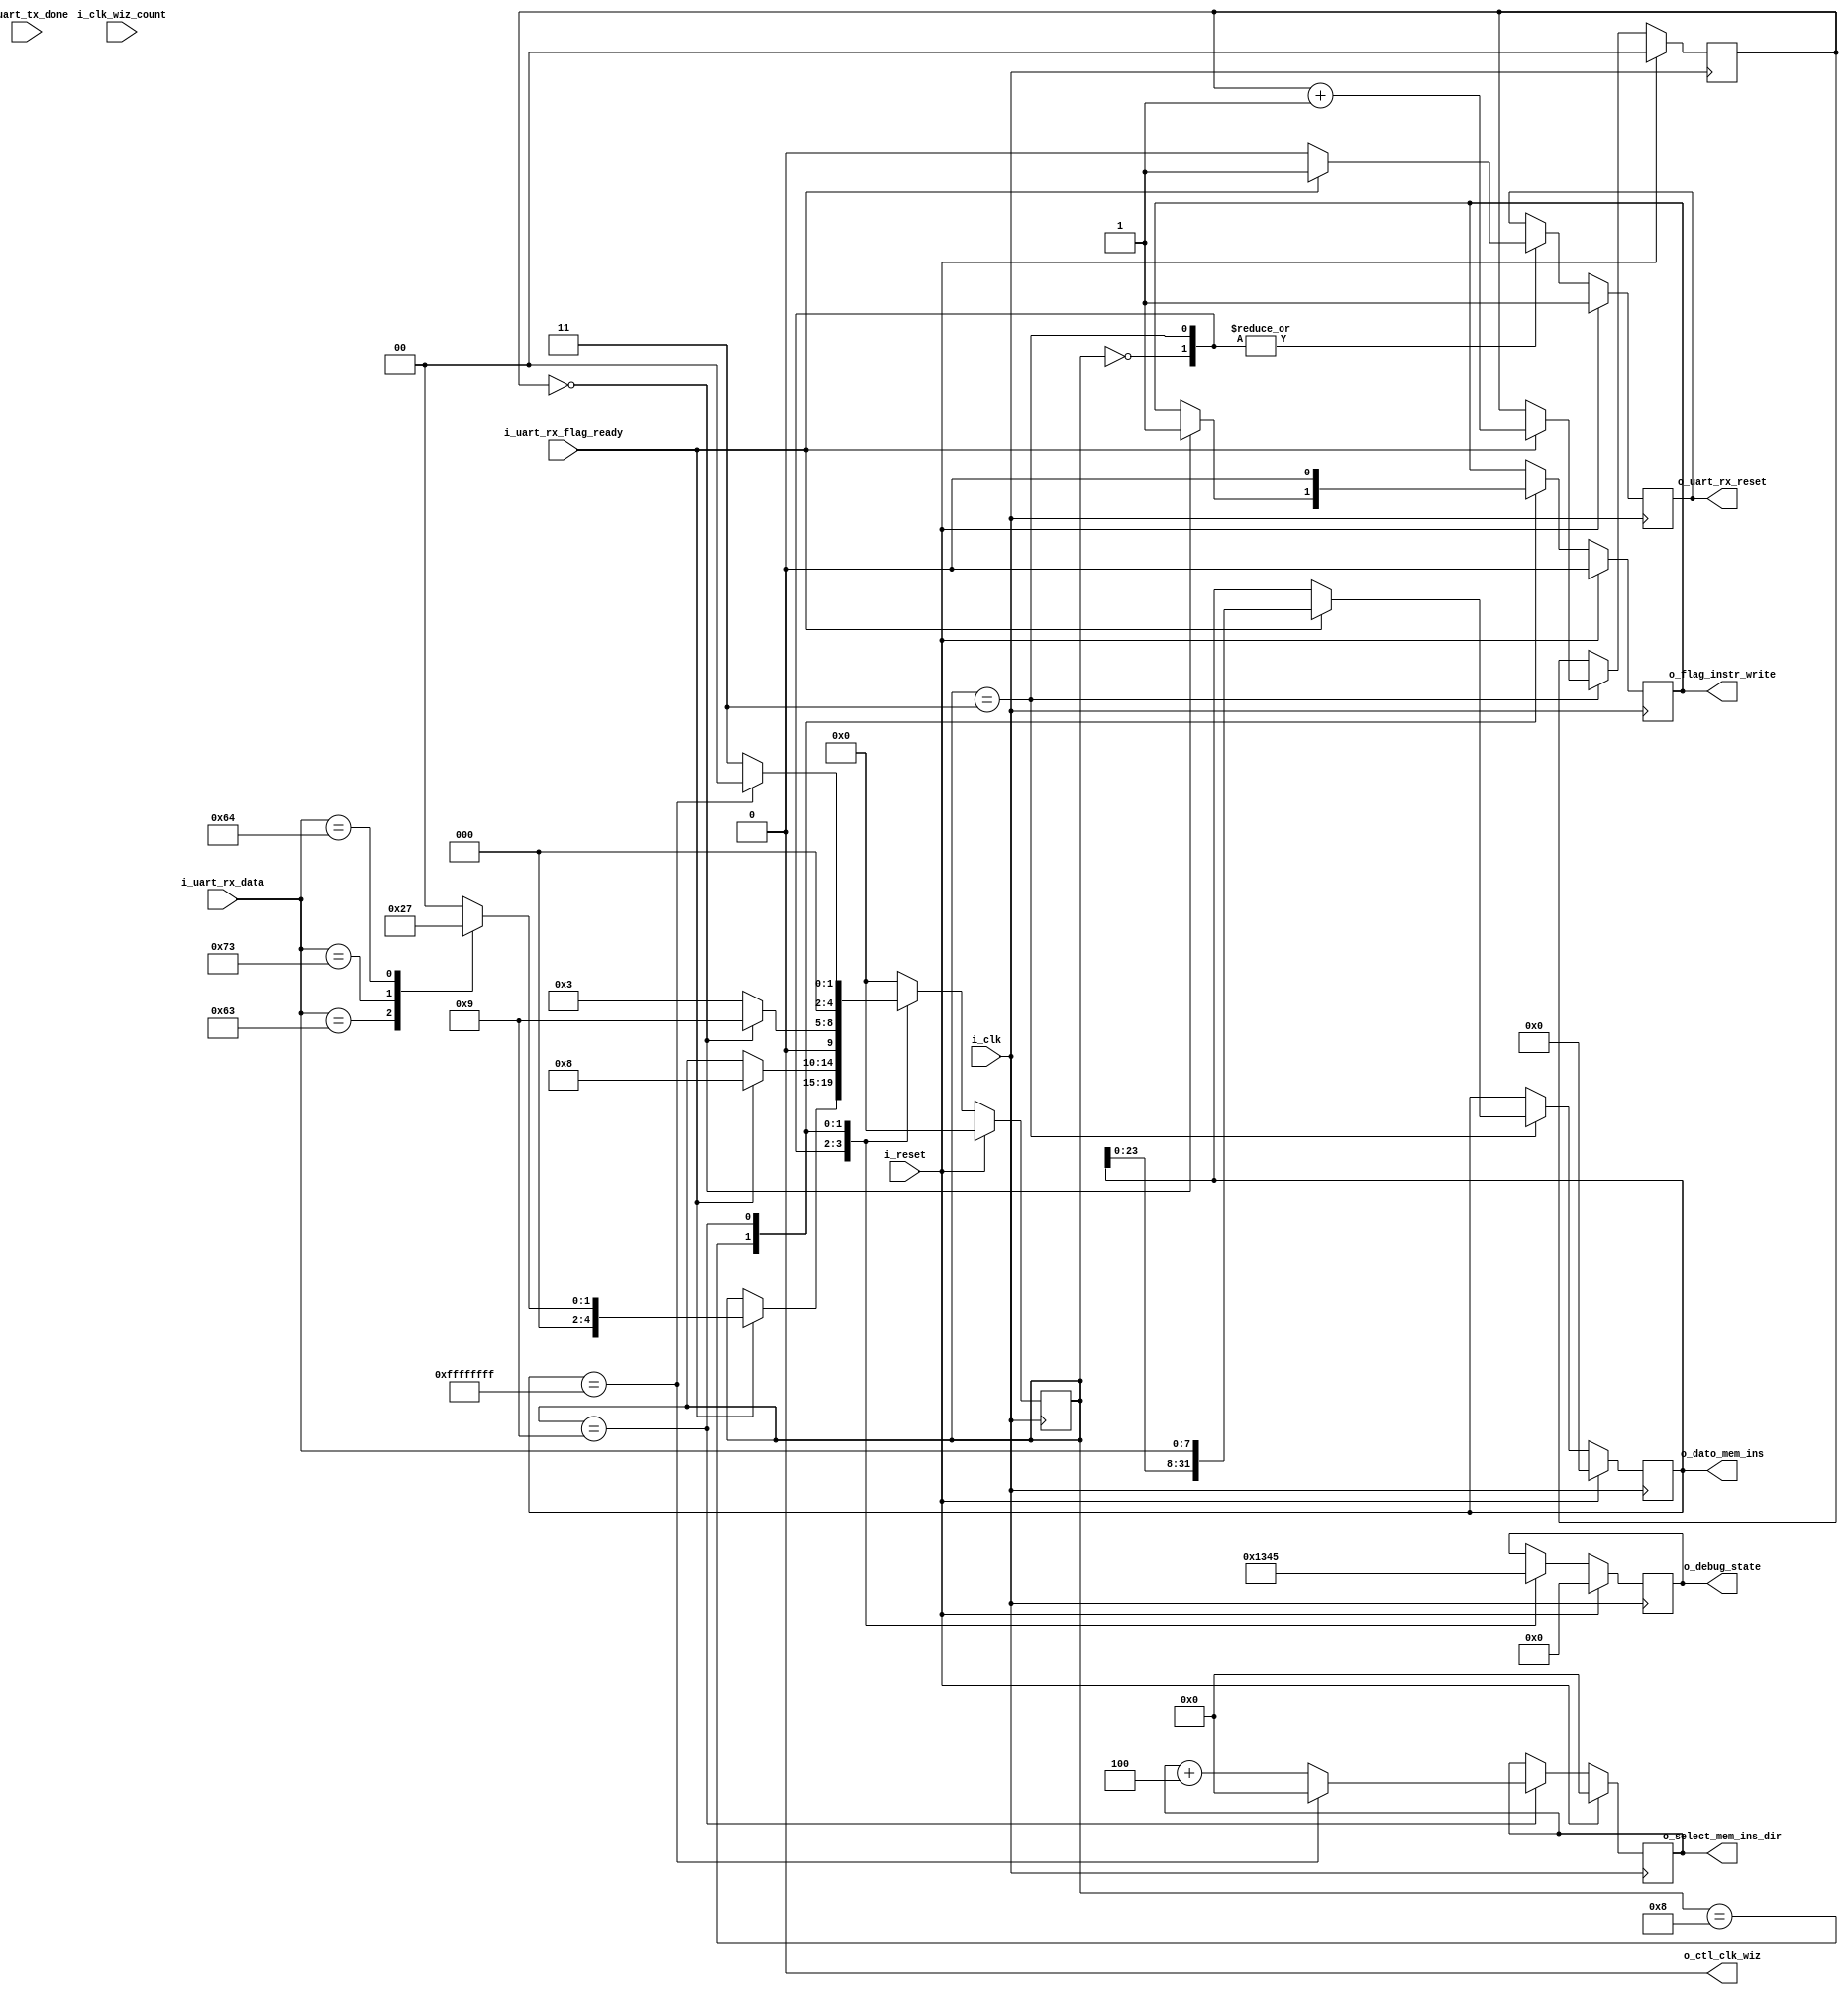
`timescale 1ns / 1ps



module UnitDebug
    #(
        parameter       MEM_INST_TOTAL_SIZE         = 256,
        parameter       MEM_INST_SIZE_BITS          = 8,
        parameter       SIZE_TRAMA                  = 8,  
        parameter       SIZE_INSTRUC                = 32
    )
    (
        input                                       i_clk,
        input                                       i_reset,
        input                                       i_uart_rx_flag_ready,  //o_rx_done  FROM UART.V  Tengo un flag para indicar que tengo datos de la recepcion
        input           [SIZE_TRAMA-1:0]            i_uart_rx_data,        // o_rx_data  Dato de 8 bits receptado. 
        input                                       i_uart_tx_done,        // o_tx_done Flag para indicar que termino la transmicion
        input           [SIZE_INSTRUC-1 :0]         i_clk_wiz_count,   
        
        
        output                                      o_uart_rx_reset,   // ESTE PARA RESET RX? CANCELA LA RECEPCION? DONDE LO USA EN EL TOP
        output                                      o_ctl_clk_wiz,
        output          [MEM_INST_SIZE_BITS-1:0]    o_select_mem_ins_dir,  //Este output tiene la posicion de memoria donde escribir la instruccion
        output          [SIZE_INSTRUC-1:0]          o_dato_mem_ins,
        output                                      o_flag_instr_write,
        output          [3:0]                       o_debug_state
    );

    localparam IDLE                 =   4'b0000; //Estado inicial
   
    localparam CONTINUO       =   4'b0010; //'c' Mode continuo MIPS
    localparam STEP           =   4'b0001; //'s' modo step by step MIPS
   
    localparam ENABLE_LOAD_INSTR    =   4'b0011; //'d' estado donde se habilita la escritura de la instruc, porque ya se armaron los 32 bits
    localparam SEND_DATA_TX         =   4'b0100; //  envio 8 btis
    localparam WAIT_TX              =   4'b0110; // si en contador es 0 pasa a data_init sino voy al estado para cargar otro dato, deplazo de a 8 para de los 32 solo enviar los 8 que quiero
      
    localparam PREPARE_INSTRUCT     =   4'b1000; //ARMO instruccion de 32 bits
    localparam WAIT_DATA_INSTR      =   4'b1001; //Espero hatl o vuelvo a data init
   
 
    localparam   SIZE_COUNTER_DIR = $clog2(MEM_INST_TOTAL_SIZE);
    
   
    reg                                                reg_ctl_clk_wiz;
    reg               [4:0]                            state, state_next;
    reg               [3:0]                            debug_state, debug_state_next; //Satate para debuggear en tb
    reg                                                reg_uart_rx_reset, reg_uart_rx_reset_next;
    reg               [SIZE_INSTRUC-1:0]               reg_instruccion, reg_instruccion_next;
    reg                                                reg_rx_instr_write, reg_rx_instr_write_next;
    reg               [SIZE_COUNTER_DIR-1:0]           reg_counter_dir_mem_instr=0, reg_counter_dir_mem_instr_next=0;  //Contador para direccionar las ubicaciones de memoria de instr disponible
    reg               [1:0]                            reg_rx_counter_bytes=0, reg_rx_counter_bytes_next=0;
    reg               [1:0]                            mode, mode_next;
    

    always @ (posedge i_clk)
        begin
            if (i_reset)begin
                state                       <= IDLE;
                reg_uart_rx_reset           <= 1;
                reg_instruccion             <= 0;
                reg_rx_counter_bytes        <= 0;
                reg_counter_dir_mem_instr   <= 0;
                reg_rx_instr_write          <= 0;
                debug_state                 <= 0;
                mode                        <= 2'b00;    
            end 
            else begin
                mode                        <= mode_next;
                debug_state                 <= debug_state_next;
                state                       <= state_next;
                reg_uart_rx_reset           <= reg_uart_rx_reset_next;
                reg_instruccion             <= reg_instruccion_next;
                reg_rx_counter_bytes        <= reg_rx_counter_bytes_next;
                reg_counter_dir_mem_instr   <= reg_counter_dir_mem_instr_next;
                reg_rx_instr_write          <= reg_rx_instr_write_next;
                
            end
        end

    always @*
        begin
            state_next                      <= state;
            debug_state_next                <= debug_state;
            reg_uart_rx_reset_next          <= reg_uart_rx_reset;
            reg_instruccion_next            <= reg_instruccion;
            reg_rx_counter_bytes_next       <= reg_rx_counter_bytes;
            reg_counter_dir_mem_instr_next  <= reg_counter_dir_mem_instr;
            reg_rx_instr_write_next         <= reg_rx_instr_write;
            

        case (state)
            IDLE:   //ESTADO INICIAL
            begin
                debug_state_next <= 1;
                if (~i_uart_rx_flag_ready) begin  //Check de si se tiene datos disponbibles desde RX UART
                    reg_uart_rx_reset_next  <= 0;
                end 
                else begin //Check que se recibe como char para pasar a el estado correspondiente
                    reg_uart_rx_reset_next  <= 1;

                    case(i_uart_rx_data)// DATO RECIBIDO DE 8 BITS
                        8'b01100011:    state_next          <= CONTINUO; //espero una c 
                        8'b01110011:    state_next          <= STEP;    //espero una s
                        8'b01100100:    state_next          <= ENABLE_LOAD_INSTR; //Recibi "d" desde PY para indicar la carga de instrucciones.
                        default:        state_next          <= IDLE; 
                    endcase
                end
            end
            
            ENABLE_LOAD_INSTR: //Puedo cargar instrucciones
            begin
                debug_state_next <= 3;
                if (~i_uart_rx_flag_ready) begin  //Check de si se tiene datos disponbibles desde RX UART
                    reg_uart_rx_reset_next      <= 0;
                end 
                else begin 
                    reg_uart_rx_reset_next      <= 1;
                    reg_instruccion_next        <= {reg_instruccion [23:0], i_uart_rx_data}; //Ubica los 8 bits recibidos en los mas altos
                    reg_rx_counter_bytes_next   <= reg_rx_counter_bytes + 1;
                    state_next                  <= PREPARE_INSTRUCT;
                end
            end

            PREPARE_INSTRUCT: //Verifico el counter de bytes, si llega a 4 porque tengo los 32 bits de la instruccion y habilito la esritura sino sigo concatenando los 8 bits por RX
            begin
                debug_state_next <= 4; //solo indico que en estado estoy

                if(reg_rx_counter_bytes == 0) begin //Desborde de counter bytes
                    reg_rx_instr_write_next  <= 1; //Habilito la escritura en el reg de instrucciones
                    state_next               <= WAIT_DATA_INSTR;
                end 
                else begin
                    state_next              <= ENABLE_LOAD_INSTR;  //Sigo esperando completar los 32 bits
                end
            end

            WAIT_DATA_INSTR: //Verifico si la instruccion fue HALT para terminar la carga, sino sigo cargando
            begin
                debug_state_next                      <= 5;
                reg_rx_instr_write_next               <= 0;
                if(reg_instruccion == 32'b11111111111111111111111111111111) begin //HALT
                    reg_counter_dir_mem_instr_next    <= 0;
                    state_next                        <= IDLE;
                end 
                else begin
                    reg_counter_dir_mem_instr_next   <= reg_counter_dir_mem_instr + 4; //Aumenta en 4 para la siguiente direccion de memoria donde colocar la instruccion
                    state_next                       <= ENABLE_LOAD_INSTR;
                end
            end
            default:
                state_next <= IDLE; //default idle
        endcase
        end

    always @*
    begin
        case(mode)
            //Tenedriamos que definir mode continuo y step para modificar el paso del clock
            default:                reg_ctl_clk_wiz <= 1'b0;
        endcase
    end

    assign o_debug_state        = debug_state;
    assign o_uart_rx_reset      = reg_uart_rx_reset;
    assign o_ctl_clk_wiz        = reg_ctl_clk_wiz;
    assign o_flag_instr_write   = reg_rx_instr_write;
    assign o_select_mem_ins_dir = reg_counter_dir_mem_instr;   //Ubicacion en memoria de intrucciones
    assign o_dato_mem_ins       = reg_instruccion;             //Intruccion a escribir.
        
        
endmodule